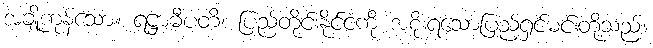
အချို့ကုန်သော။ ရဋ္ဌာဓီပတိ၊ ပြည်တိုင်းနိုင်ငံကို အစိုးရသောပြည်ရှင်မင်းတို့သည်။